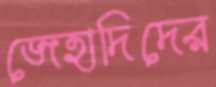
জেহাদিদের